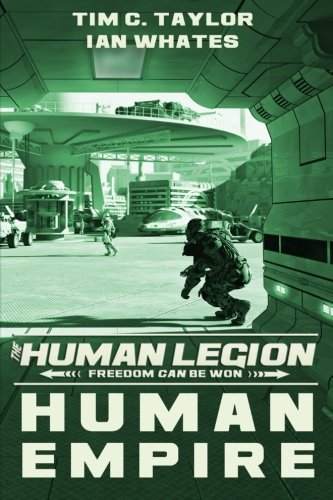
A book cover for Human Empire (The Human Legion) (Volume 4); Tim C. Taylor; Science Fiction & Fantasy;